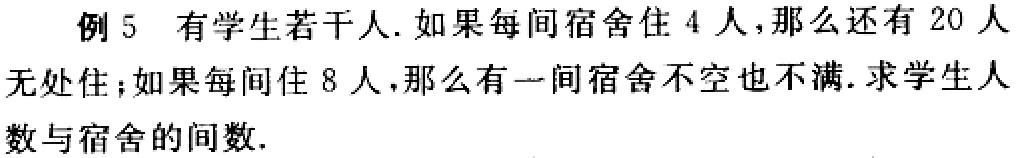
例5 有学生若干人. 如果每间宿舍住4人，那么还有20人无处住；如果每间住8人，那么有一间宿舍不空也不满. 求学生人数与宿舍的间数.